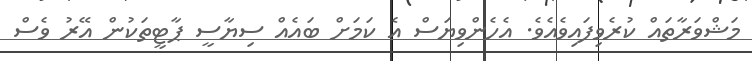
މަޝްވަރާތައް ކުރެވިފައިވެއެވެ. އެހެންވިޔަސް އެ ކަމަށް ބައެއް ސިޔާސީ ޕާޓީތަކުން އޭރު ވެސް